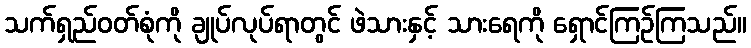
သက်ရှည်ဝတ်စုံကို ချုပ်လုပ်ရာတွင် ဖဲသားနှင့် သားရေကို ရှောင်ကြဉ်ကြသည်။